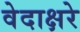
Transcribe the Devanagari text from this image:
वेदाक्षरे